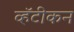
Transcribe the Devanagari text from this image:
व्हॅटीकन